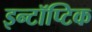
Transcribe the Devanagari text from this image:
इन्टॉप्टिक